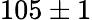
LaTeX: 105\pm 1